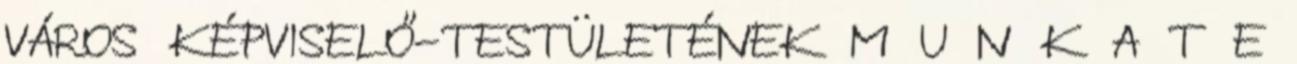
VÁROS KÉPVISELŐ-TESTÜLETÉNEK M U N K A T E